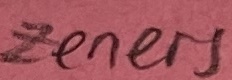
Text: Zeeners